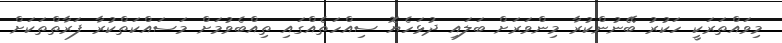
މިވައްތަރަކީ ހަކުރު ބޭނުންކުރާ މިންވަރަށް ބަލައި ދުޅަހެޔޮ ސިއްހަތެއްގައި ތިއްބެވުމަށް މަސައްކަތްކުރާ ފަރާތްތަކަށް